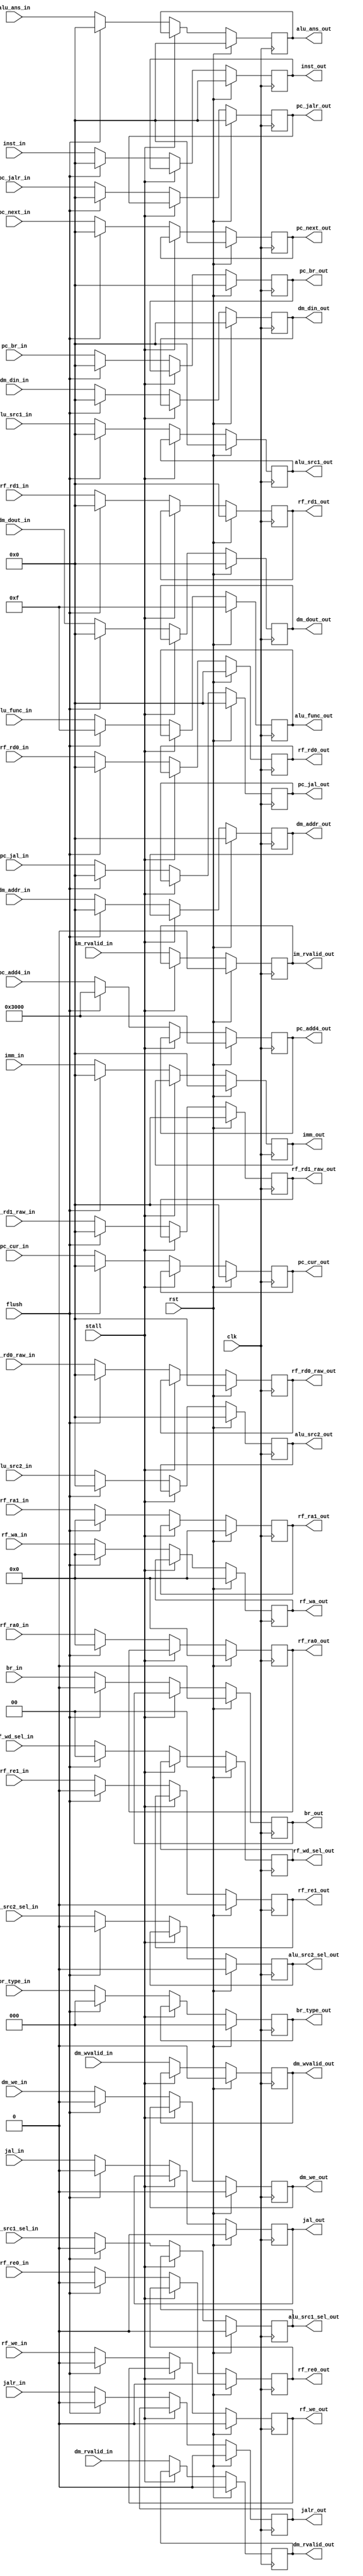
module SEG_REG(
    
    input [31:0]        pc_cur_in,
    output reg [31:0]   pc_cur_out,

    input [31:0]        inst_in,
    output reg [31:0]   inst_out,

    input [4:0]         rf_ra0_in,
    input [4:0]         rf_ra1_in,
    output reg [4:0]    rf_ra0_out,
    output reg [4:0]    rf_ra1_out,
    input               rf_re0_in,
    input               rf_re1_in,
    output reg          rf_re0_out,
    output reg          rf_re1_out,
    input [31:0]        rf_rd0_raw_in,
    input [31:0]        rf_rd1_raw_in,
    output reg [31:0]   rf_rd0_raw_out,
    output reg [31:0]   rf_rd1_raw_out,
    input [31:0]        rf_rd0_in,
    input [31:0]        rf_rd1_in,
    output reg [31:0]   rf_rd0_out,
    output reg [31:0]   rf_rd1_out,
    input [4:0]         rf_wa_in,
    output reg [4:0]    rf_wa_out,
    input [1:0]         rf_wd_sel_in,
    output reg [1:0]    rf_wd_sel_out,
    input               rf_we_in,
    output reg          rf_we_out,

    //input [2:0] imm_type_in,
    input [31:0]        imm_in,
    output reg [31:0]   imm_out,
    input               alu_src1_sel_in,
    input               alu_src2_sel_in,
    output reg          alu_src1_sel_out,
    output reg          alu_src2_sel_out,
    input [31:0]        alu_src1_in,
    input [31:0]        alu_src2_in,
    output reg [31:0]   alu_src1_out,
    output reg [31:0]   alu_src2_out,
    input [3:0]         alu_func_in,
    output reg [3:0]    alu_func_out,
    input [31:0]        alu_ans_in,
    output reg [31:0]   alu_ans_out,

    input [31:0]        pc_add4_in,
    output reg [31:0]   pc_add4_out,
    input [31:0]        pc_br_in,
    output reg [31:0]   pc_br_out,
    input [31:0]        pc_jal_in,
    output reg [31:0]   pc_jal_out,
    input [31:0]        pc_jalr_in,
    output reg [31:0]   pc_jalr_out,

    input               jal_in,
    input               jalr_in,
    output reg          jal_out,
    output reg          jalr_out,
    input [2:0]         br_type_in,//extension
    output reg [2:0]    br_type_out,
    input               br_in,
    output reg          br_out,

    input [31:0]        pc_next_in,
    output reg [31:0]   pc_next_out,

    input [31:0]        dm_addr_in,
    output reg [31:0]   dm_addr_out,
    input [31:0]        dm_din_in,
    output reg [31:0]   dm_din_out,
    input [31:0]        dm_dout_in,
    output reg [31:0]   dm_dout_out,
    input               dm_we_in,
    output reg          dm_we_out,

    input               im_rvalid_in,
    output reg          im_rvalid_out,

    input               dm_rvalid_in,
    output reg          dm_rvalid_out,
    input               dm_wvalid_in,
    output reg          dm_wvalid_out,

    input clk,
    input rst,
    input flush,            //add bubbles
    input stall             //stall
);
    localparam NONE_BR = 3'b000;

    initial begin
        pc_cur_out <= 32'h0;
        inst_out <= 32'h0;
        rf_ra0_out <= 5'h0;
        rf_ra1_out <= 5'h0;
        rf_re0_out <= 1'h0;
        rf_re1_out <= 1'h0;
        rf_rd0_raw_out <= 32'h0;
        rf_rd1_raw_out <= 32'h0;
        rf_rd0_out <= 32'h0;
        rf_rd1_out <= 32'h0;
        rf_wa_out <= 5'h0;
        rf_wd_sel_out <= 2'h0;
        rf_we_out <= 1'h0;
        imm_out <= 32'h0;
        alu_src1_sel_out <= 1'h0;
        alu_src2_sel_out <= 1'h0;
        alu_src1_out <= 32'h0;
        alu_src2_out <= 32'h0;
        alu_func_out <= 4'hf;
        alu_ans_out <= 32'h0;
        pc_add4_out <= 32'h3000;
        pc_br_out <= 32'h0;
        pc_jal_out <= 32'h0;
        pc_jalr_out <= 32'h0;
        jal_out <= 1'h0;
        jalr_out <= 1'h0;
        br_type_out <= NONE_BR;
        br_out <= 1'h0;
        pc_next_out <= 32'h0;
        dm_addr_out <= 32'h0;
        dm_din_out <= 32'h0;
        dm_dout_out <= 32'h0;
        dm_we_out <= 1'h0;
        im_rvalid_out <= 1'b0;
        dm_rvalid_out <= 1'b0;
        dm_wvalid_out <= 1'b0;
    end

    always@(posedge clk) begin
        if(!rst) begin
            if(!stall) begin
                if(flush) begin //synchronize reset
                    //pc initialize require
                    pc_cur_out <= 32'h0;
                    inst_out <= 32'h0;
                    rf_ra0_out <= 5'h0;
                    rf_ra1_out <= 5'h0;
                    rf_re0_out <= 1'h0;
                    rf_re1_out <= 1'h0;
                    rf_rd0_raw_out <= 32'h0;
                    rf_rd1_raw_out <= 32'h0;
                    rf_rd0_out <= 32'h0;
                    rf_rd1_out <= 32'h0;
                    rf_wa_out <= 5'h0;
                    rf_wd_sel_out <= 2'h0;
                    rf_we_out <= 1'h0;
                    imm_out <= 32'h0;
                    alu_src1_sel_out <= 1'h0;
                    alu_src2_sel_out <= 1'h0;
                    alu_src1_out <= 32'h0;
                    alu_src2_out <= 32'h0;
                    alu_func_out <= 4'hf;
                    alu_ans_out <= 32'h0;
                    pc_add4_out <= 32'h3000;
                    pc_br_out <= 32'h0;
                    pc_jal_out <= 32'h0;
                    pc_jalr_out <= 32'h0;
                    jal_out <= 1'h0;
                    jalr_out <= 1'h0;
                    br_type_out <= NONE_BR;
                    br_out <= 1'h0;
                    pc_next_out <= 32'h0;
                    dm_addr_out <= 32'h0;
                    dm_din_out <= 32'h0;
                    dm_dout_out <= 32'h0;
                    dm_we_out <= 1'h0;
                end
                else begin
                    pc_cur_out <= pc_cur_in;
                    inst_out <= inst_in;

                    rf_ra0_out <= rf_ra0_in;
                    rf_ra1_out <= rf_ra1_in;
                    rf_re0_out <= rf_re0_in;
                    rf_re1_out <= rf_re1_in;
                    rf_rd0_raw_out <= rf_rd0_raw_in;
                    rf_rd1_raw_out <= rf_rd1_raw_in;
                    rf_rd0_out <= rf_rd0_in;
                    rf_rd1_out <= rf_rd1_in;
                    rf_wa_out <= rf_wa_in;
                    rf_wd_sel_out <= rf_wd_sel_in;
                    rf_we_out <= rf_we_in;

                    imm_out <= imm_in;
                    alu_src1_sel_out <= alu_src1_sel_in;
                    alu_src2_sel_out <= alu_src2_sel_in;
                    alu_src1_out <= alu_src1_in;
                    alu_src2_out <= alu_src2_in;
                    alu_func_out <= alu_func_in;
                    alu_ans_out <= alu_ans_in;

                    pc_add4_out <= pc_add4_in;
                    pc_br_out <= pc_br_in;
                    pc_jal_out <= pc_jal_in;
                    pc_jalr_out <= pc_jalr_in;

                    jal_out <= jal_in;
                    jalr_out <= jalr_in;
                    br_type_out <= br_type_in;
                    br_out <= br_in;

                    pc_next_out <= pc_next_in;
                    dm_addr_out <= dm_addr_in;
                    dm_din_out <= dm_din_in;
                    dm_dout_out <= dm_dout_in;
                    dm_we_out <= dm_we_in;
                end
                im_rvalid_out <= im_rvalid_in;
                dm_rvalid_out <= dm_rvalid_in;
                dm_wvalid_out <= dm_wvalid_in;
            end
        end
        else begin
            pc_cur_out <= 32'h0;
            inst_out <= 32'h0;
            rf_ra0_out <= 5'h0;
            rf_ra1_out <= 5'h0;
            rf_re0_out <= 1'h0;
            rf_re1_out <= 1'h0;
            rf_rd0_raw_out <= 32'h0;
            rf_rd1_raw_out <= 32'h0;
            rf_rd0_out <= 32'h0;
            rf_rd1_out <= 32'h0;
            rf_wa_out <= 5'h0;
            rf_wd_sel_out <= 2'h0;
            rf_we_out <= 1'h0;
            imm_out <= 32'h0;
            alu_src1_sel_out <= 1'h0;
            alu_src2_sel_out <= 1'h0;
            alu_src1_out <= 32'h0;
            alu_src2_out <= 32'h0;
            alu_func_out <= 4'hf;
            alu_ans_out <= 32'h0;
            pc_add4_out <= 32'h3000;
            pc_br_out <= 32'h0;
            pc_jal_out <= 32'h0;
            pc_jalr_out <= 32'h0;
            jal_out <= 1'h0;
            jalr_out <= 1'h0;
            br_type_out <= NONE_BR;
            br_out <= 1'h0;
            pc_next_out <= 32'h0;
            dm_addr_out <= 32'h0;
            dm_din_out <= 32'h0;
            dm_dout_out <= 32'h0;
            dm_we_out <= 1'h0;
            im_rvalid_out <= 1'b0;
            dm_rvalid_out <= 1'b0;
            dm_wvalid_out <= 1'b0;
        end
    end

endmodule